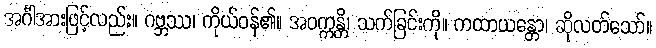
အင်္ဂါအားဖြင့်လည်း။ ဂဗ္ဘဿ၊ ကိုယ်ဝန်၏။ အဝက္ကန္တိ၊ သက်ခြင်းကို။ ကထာယန္တော၊ ဆိုလတ်သော်။